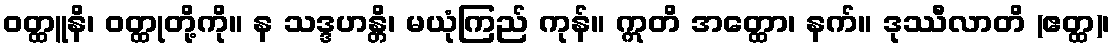
ဝတ္ထူနိ၊ ဝတ္ထုတို့ကို။ န သဒ္ဒဟန္တိ၊ မယုံကြည် ကုန်။ ဣတိ အတ္ထော၊ နက်။ ဒုဿီလာတိ (ဧတ္ထ)၊